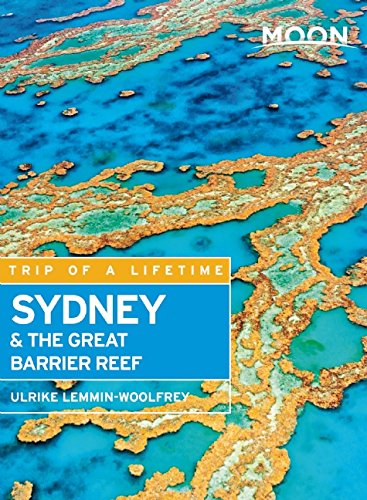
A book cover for Moon Sydney & the Great Barrier Reef (Moon Handbooks); Ulrike Lemmin-Woolfrey; Travel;